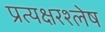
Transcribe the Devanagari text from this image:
प्रत्यक्षरश्लेष